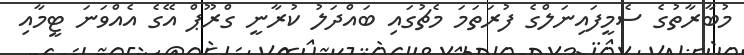
މުބާރާތުގެ ސެމީފައިނަލްގެ ފުރަތަމަ މެޗުގައި ބައްދަލު ކުރާނީ ގްރޫޕް އޭގެ އެއްވަނަ ޓީމާއި